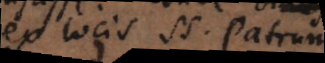
ex locis SS. Patrum